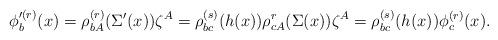
LaTeX: \begin{align*}\phi'^{(r)}_b(x)=\rho^{(r)}_{bA}(\Sigma'(x))\zeta^A =\rho^{(s)}_{bc}(h(x))\rho^r_{cA}(\Sigma(x))\zeta^A =\rho^{(s)}_{bc}(h(x))\phi^{(r)}_c(x).\end{align*}